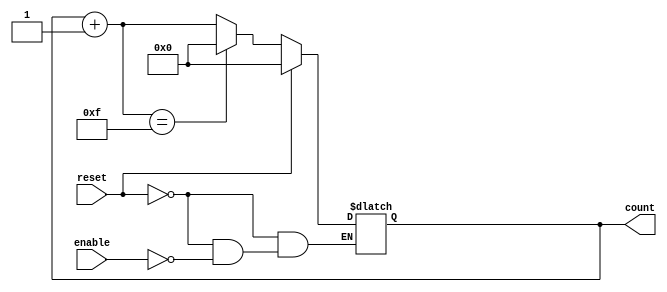
module dynamic_asynchronous_counter (
    input wire enable,      // Enable signal to toggle the counter
    input wire reset,       // Asynchronous reset signal
    output reg [3:0] count  // 4-bit counter output
);

// Always block to handle asynchronous reset and counting behavior
always @(*) begin
    if (reset) begin
        count = 4'b0000;  // Reset the counter to 0
    end else if (enable) begin
        count = count + 1; // Increment the counter
        // Handle wrap-around behavior
        if (count == 4'b1111) begin
            count = 4'b0000; // Wrap around to 0 after reaching 15
        end
    end
end

endmodule